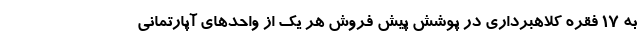
به ۱۷ فقره کلاهبرداری در پوشش پیش فروش هر یک از واحدهای آپارتمانی